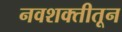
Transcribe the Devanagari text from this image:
नवशक्तीतून